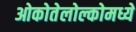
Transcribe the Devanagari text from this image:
ओकोतेलोल्कोमध्ये